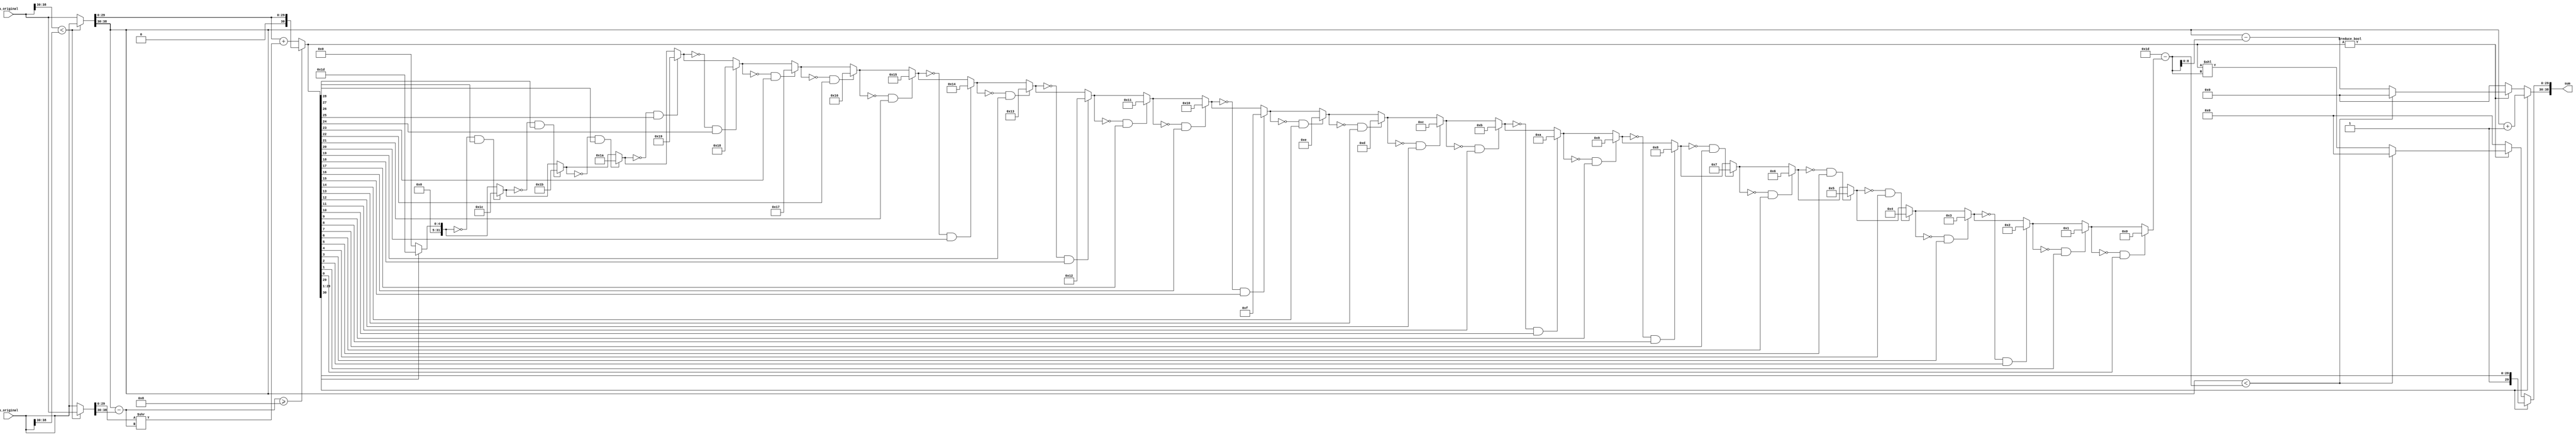
/* 

Floating point adder implementation.

This is the first adder in the ALU. It follows
the multiplier and comes right before the accumulator.

Input
-----
- a: 39 bit word
	- 9 bit exponent field
	- 30 bit significand field

When we add 2 fp nums, the exponent field is the maximum
of the two, and we add the mantissas so in this case, the
output has a 31 bit mantissa field.

Output
------
- sum: 39 bit word
	- 9 bit exponent field
	- 30 bit significand field
*/

module fp_adder(sum, a_original, b_original);
	input 	[38:0] 	a_original, b_original; 
	output 	[38:0] 	sum;
	
	reg 	[8:0]	sumexp;
	reg 	[30:0]	sumsig;

	reg 	[38:0]	a, b;
	reg 	[30:0]  asig, bsig;
	reg 	[8:0]  	aexp, bexp;
	reg 	[8:0]  	diff;
	
	// to assign the output
	assign sum[38:30] = sumexp;
	assign sum[29:0] = sumsig;

	// to compute the sum
	always @(a_original or b_original) begin
		// copy inputs to a and b so that a's exponent not smaller than b's
		if (a_original[38:30] < b_original[38:30]) begin
			a = b_original;  b = a_original;
		end 
		else begin
			a = a_original;  b = b_original;
		end

		// break operand into exponent and significand
		aexp = a[38:30];			bexp = b[38:30];
		asig = {1'b0, a[29:0]};		bsig = {1'b0, b[29:0]};		

		// denormalize b so that exp aexp = bexp
		diff = aexp - bexp;
		bsig = bsig >> diff;

		// compute sum
		sumsig = asig + bsig;

		// normalize the sum
		if (diff >= 8) begin
			// case 0: diff very big. b has no effect on a.

			sumexp = aexp;
			sumsig = asig;
		end
		if (sumsig[30]) begin
			// case 1: sum overflow
			// right shift significand, increment exponent

			sumexp = aexp + 1;
			sumsig = sumsig >> 1;		
		end 
		else if (sumsig) begin:A
			// case 2: sum is nonzero and did not overflow
			// In this case, we normalize

			integer pos, adj, i;
			
			// find position of first nonzero digit
			pos = 0;
			for (i = 29; i >= 0; i=i-1) if ( !pos && sumsig[i] ) pos = i;
			
			// compute shift amount and reduce exponent
			adj = 29 - pos;
			if (aexp < adj) begin
				// exponent too small, fp underflow, set to zero
				sumexp = 0;
				sumsig = 0;
			end
			else begin
				// adjust significand and exponent
				sumexp = aexp - adj;
				sumsig = sumsig << adj;
			end
		end
		else begin
			// sum is zero

			sumexp = 0;
			sumsig = 0;
		end
	end
endmodule